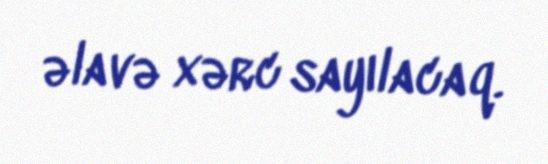
əlavə xərc sayılacaq.